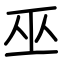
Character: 巫